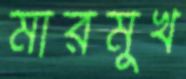
মারমুখ